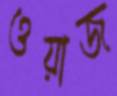
ওয়াজ